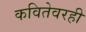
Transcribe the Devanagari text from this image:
कवितेवरही